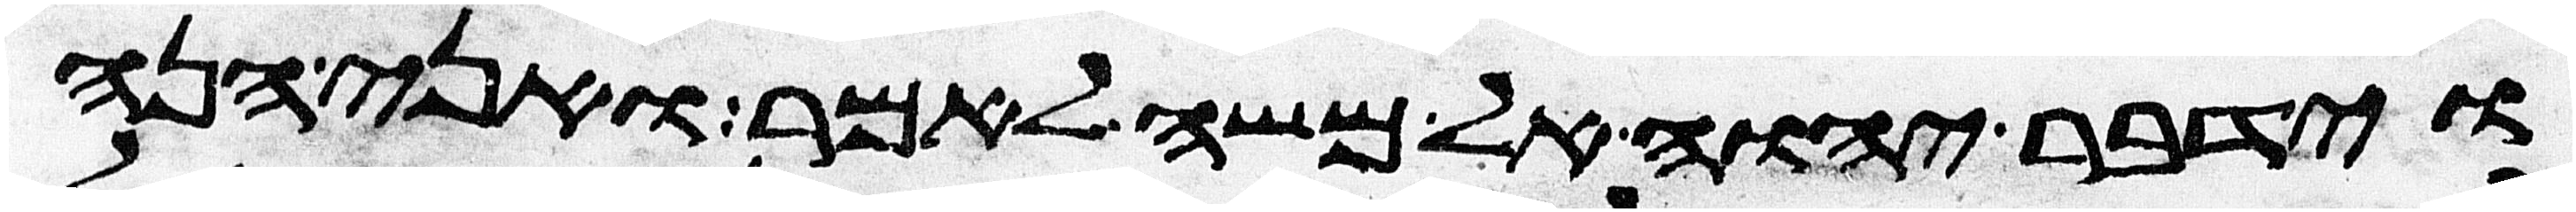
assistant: וידבר יהוה אל משה לאמר ואני הנה